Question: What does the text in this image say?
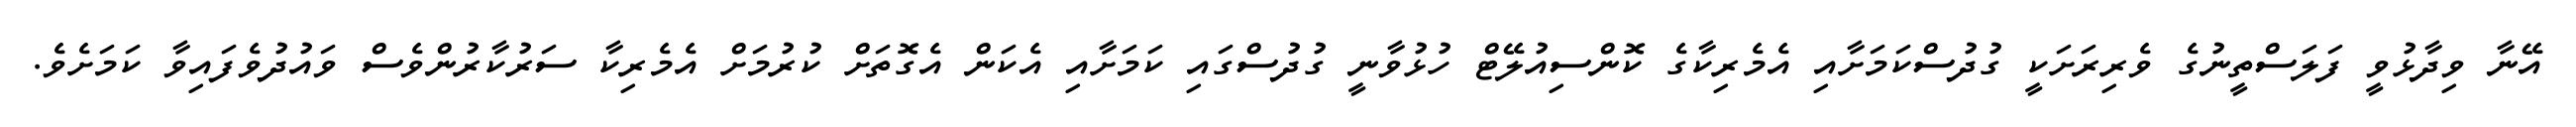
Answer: އޭނާ ވިދާޅުވީ ފަލަސްތީނުގެ ވެރިރަށަކީ ގުދުސްކަމަށާއި އެމެރިކާގެ ކޮންސިއުލޭޓް ހުޅުވާނީ ގުދުސްގައި ކަމަށާއި އެކަން އެގޮތަށް ކުރުމަށް އެމެރިކާ ސަރުކާރުންވެސް ވައުދުވެފައިވާ ކަމަށެވެ.